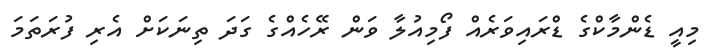
މިއީ ޑެންމާކްގެ ޑްރައިވަރެއް ފޯމިއުލާ ވަން ރޭހެއްގެ ގަދަ ތިނަކަށް އެރި ފުރަތަމަ